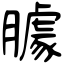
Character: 臄